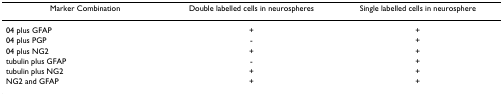
<table><thead><tr><td><b>Marker Combination</b></td><td><b>Double labelled cells in neurospheres</b></td><td><b>Single labelled cells in neurosphere</b></td></tr></thead><tbody><tr><td>04 plus GFAP</td><td>+</td><td>+</td></tr><tr><td>04 plus PGP</td><td>-</td><td>+</td></tr><tr><td>04 plus NG2</td><td>+</td><td>+</td></tr><tr><td>tubulin plus GFAP</td><td>-</td><td>+</td></tr><tr><td>tubulin plus NG2</td><td>+</td><td>+</td></tr><tr><td>NG2 and GFAP</td><td>+</td><td>+</td></tr></tbody></table>